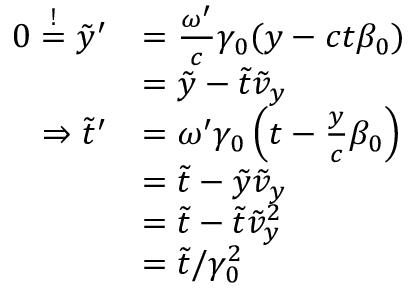
\begin{array} { r l } { 0 \overset { ! } { = } \tilde { y } ^ { \prime } } & { = \frac { \omega ^ { \prime } } { c } \gamma _ { 0 } ( y - c t \beta _ { 0 } ) } \\ & { = \tilde { y } - \tilde { t } \tilde { v } _ { y } } \\ { \Rightarrow \tilde { t } ^ { \prime } } & { = \omega ^ { \prime } \gamma _ { 0 } \left( t - \frac { y } { c } \beta _ { 0 } \right) } \\ & { = \tilde { t } - \tilde { y } \tilde { v } _ { y } } \\ & { = \tilde { t } - \tilde { t } \tilde { v } _ { y } ^ { 2 } } \\ & { = \tilde { t } / \gamma _ { 0 } ^ { 2 } } \end{array}